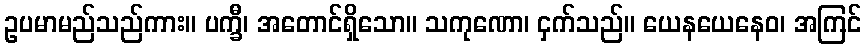
ဥပမာမည်သည်ကား။ ပက္ခီ၊ အတောင်ရှိသော။ သကုဏော၊ ငှက်သည်။ ယေနယေနေဝ၊ အကြင်